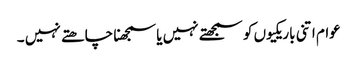
عوام اتنی باریکیوں کو سمجھتے نہیں یا سمجھنا چاھتے نہیں ۔